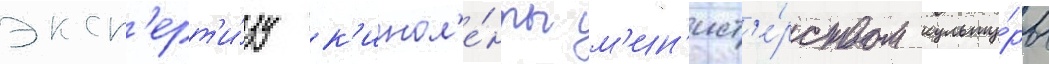
эксп'ерт'и́зу к'инол'е́нты м'ин'ист'е́рством культу́ры